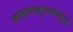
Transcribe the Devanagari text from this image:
सालापासूनफॉर्म्युला